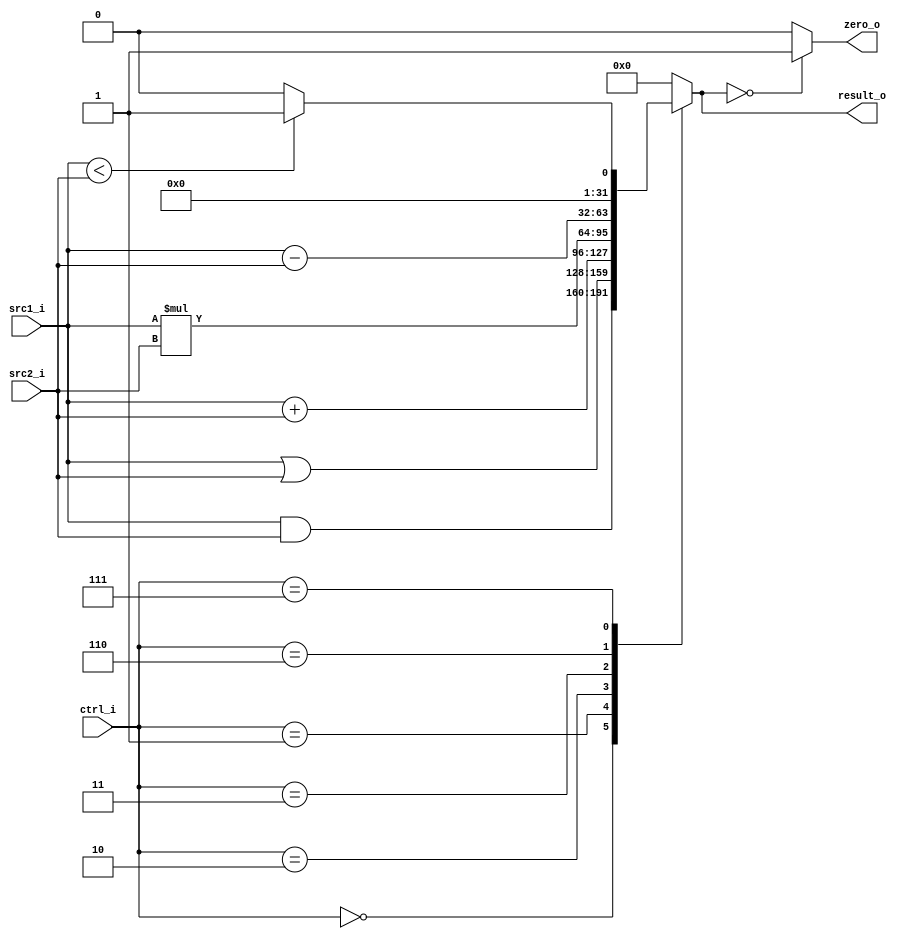
//109550070
//Subject:     CO project 2 - ALU
//--------------------------------------------------------------------------------
//Version:     1
//--------------------------------------------------------------------------------
//Writer:      
//----------------------------------------------
//Date:        
//----------------------------------------------
//Description: 
//--------------------------------------------------------------------------------

module ALU(
    src1_i,
	src2_i,
	ctrl_i,
	result_o,
	zero_o
	);
     
//I/O ports
input  [32-1:0]  src1_i;
input  [32-1:0]	 src2_i;
input  [4-1:0]   ctrl_i;

output [32-1:0]	 result_o;
output           zero_o;

//Internal signals
reg    [32-1:0]  result_o;
reg             zero_o;

//Parameter

//Main function
always @(ctrl_i or src1_i or src2_i) begin
	case(ctrl_i)
	    4'b0000: result_o = src1_i & src2_i;
	    4'b0001: result_o = src1_i | src2_i;
		4'b0010: result_o = src1_i + src2_i;
		4'b0011: result_o = src1_i * src2_i;
		4'b0110: result_o = src1_i - src2_i;
		4'b0111:
		begin
			if(src1_i < src2_i) result_o = 1;
			else result_o = 0;
		end
		default: result_o = 0;
	endcase
	if(result_o==0) zero_o = 1;
	else zero_o = 0;
//	$display("ctrl: ", ctrl_i, " sr1: ", src1_i, " src2: ", src2_i, " result: ", result_o);
end

endmodule